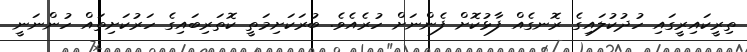
ތިރީކައިރީގައި ހުދުކުލައިގެ ރޮނގެއް ފާޅުކޮށް ފެންނަށް ހުރެއެވެ. ބުރަކަށިމަތީ ކޮތަރިބައިގެ ހަރުކަށިތައް ހުންނަނީ